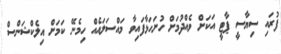
ފުރައި ސިޔާސީ ޕާޓީ އަކަށް ވެއްދުމަށް ހުށަހަޅާފައިވާ މައްސަލައެއް ހިމެނޭ ކަމަށް އިލެކްޝަންސް